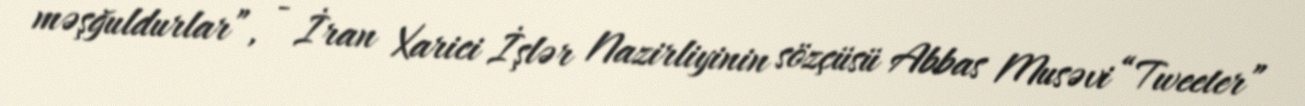
məşğuldurlar”, - İran Xarici İşlər Nazirliyinin sözçüsü Abbas Musəvi “Tweeter”